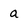
Character: a